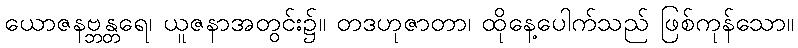
ယောဇနဗ္ဘန္တရေ၊ ယူဇနာအတွင်း၌။ တဒဟုဇာတာ၊ ထိုနေ့ပေါက်သည် ဖြစ်ကုန်သော။